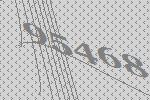
95468